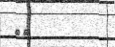
٧١